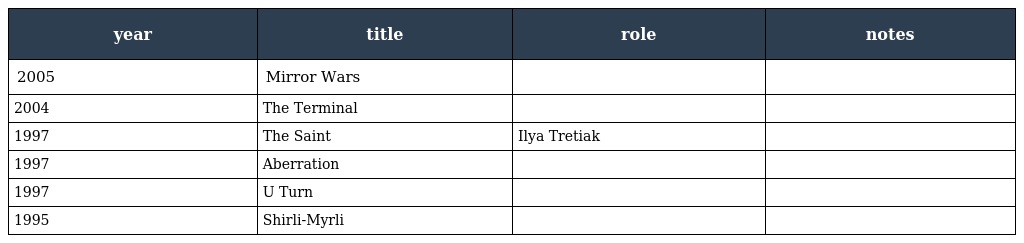
| year | title | role | notes |
 | --- | --- | --- | --- |
 | 2005 | Mirror Wars |  |  |
 | 2004 | The Terminal |  |  |
 | 1997 | The Saint | Ilya Tretiak |  |
 | 1997 | Aberration |  |  |
 | 1997 | U Turn |  |  |
 | 1995 | Shirli-Myrli |  |  |